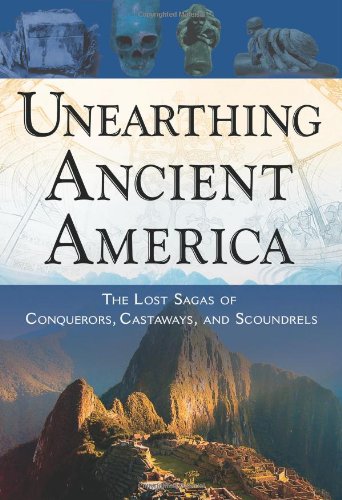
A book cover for Unearthing Ancient America: The Lost Sagas of Conquerors, Castaways, and Scoundrels; History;